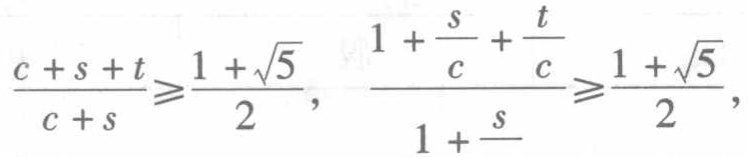
\[\frac{c + s + t}{c + s} \geqslant \frac{1+\sqrt{5}}{2},\quad \frac{1+\frac{s}{c}+\frac{t}{c}}{1+\frac{s}{c}}\geqslant \frac{1+\sqrt{5}}{2},\]